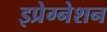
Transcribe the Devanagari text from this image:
इप्रेग्नेशन